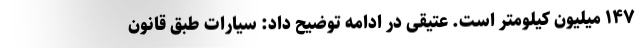
۱۴۷ میلیون کیلومتر است. عتیقی در ادامه توضیح داد: سیارات طبق قانون